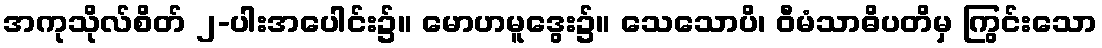
အကုသိုလ်စိတ် ၂-ပါးအပေါင်း၌။ မောဟမူဒွေး၌။ သေသောပိ၊ ဝီမံသာဓိပတိမှ ကြွင်းသော